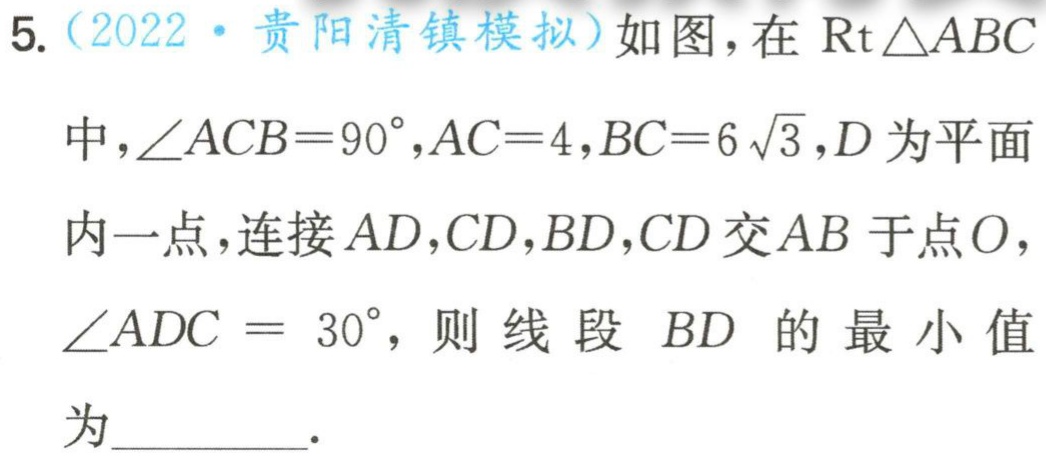
5.（2022·贵阳清镇模拟）如图，在$\mathrm{R}\mathrm{t}\triangle ABC$中，$\angle ACB = 90^{\circ},AC = 4,BC = 6\sqrt{3},D$为平面内一点，连接$AD,CD,BD,CD$交$AB$于点$O$，$\angle ADC = 30^{\circ}$，则线段$BD$的最小值为________.